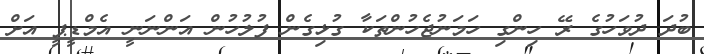
ބުދަ ދުވަހުގެ ރޭ ހިންގި ހަމަނުޖެހުންތަކާ ގުޅިގެން ފުލުހުން އަންނަނީ އެމްޑީޕީ އަށް